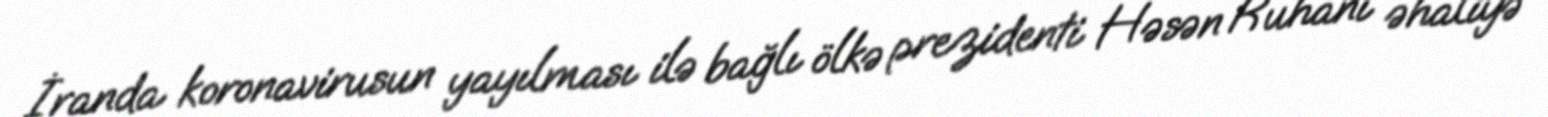
İranda koronavirusun yayılması ilə bağlı ölkə prezidenti Həsən Ruhani əhaliyə